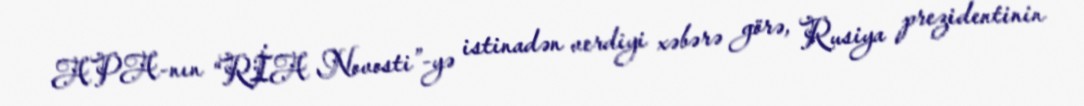
APA-nın “RİA Novosti”-yə istinadən verdiyi xəbərə görə, Rusiya prezidentinin